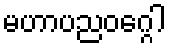
မဟာပညဝဂ္ဂေါ